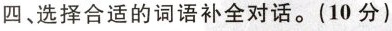
四、选择合适的词语补全对话.(10分)